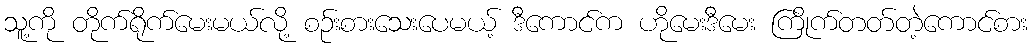
သူ့ကို တိုက်ရိုက်မေးမယ်လို့ စဉ်းစားသေးပေမယ့် ဒီကောင်က ဟိုမေးဒီမေး ကြိုက်တတ်တဲ့ကောင်စား